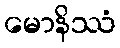
မောနိဿံ